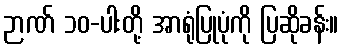
ဉာဏ် ၁၀-ပါးတို့ အာရုံပြုပုံကို ပြဆိုခန်း။